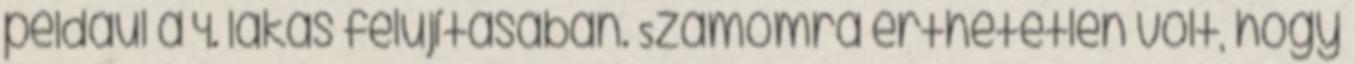
például a 4. lakás felújításában. Számomra érthetetlen volt, hogy